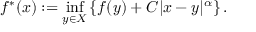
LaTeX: f ^ { * } ( x ) : = \operatorname* { i n f } _ { y \in X } \left\{ f ( y ) + C | x - y | ^ { \alpha } \right\} .